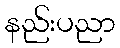
နည်းပညာ